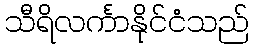
သီရိလင်္ကာနိုင်ငံသည်